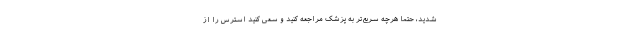
شدید، حتما هرچه سریع‌تر به پزشک مراجعه کنید و سعی کنید استرس را از